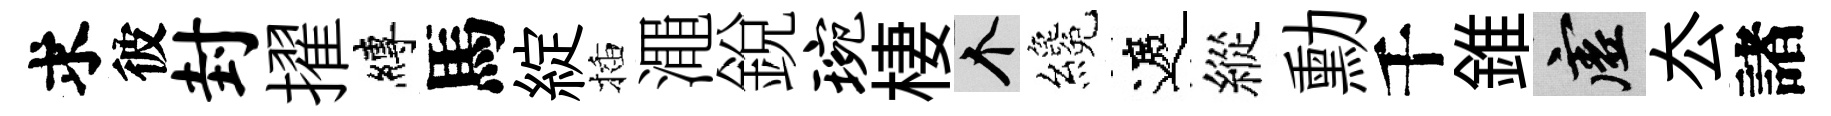
求彼封擢縛馬綻插澠銳琬棲个纔遮縱勳千錐虚厺諸